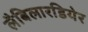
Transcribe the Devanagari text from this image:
लैबिलारडियेर